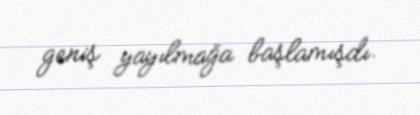
geniş yayılmağa başlamışdı.